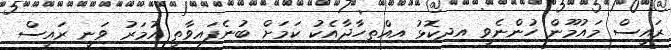
ރައީސް މައުމޫން ހުންނެވީ އިދިކޮޅު އިއްތިހާދާއެކު ކަމަށް ބުނެފައިވާތީ އުމަރު ވަނީ ރައީސް